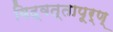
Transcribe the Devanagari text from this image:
विद्वत्तापूर्ण्‌